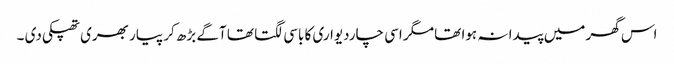
اس گھر میں پیدا نہ ہوا تھا مگر اسی چاردیواری کا باسی لگتا تھا آگے بڑھ کر پیار بھری تھپکی دی ۔